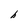
Character: h